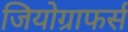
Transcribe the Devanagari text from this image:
जियोग्राफर्स